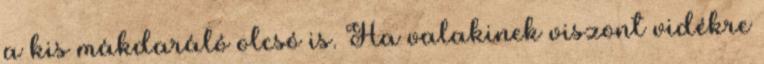
a kis mákdaráló olcsó is. Ha valakinek viszont vidékre